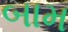
બામ